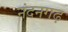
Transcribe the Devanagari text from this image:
नंदनगढ़